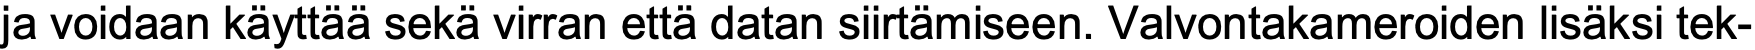
ja voidaan käyttää sekä virran että datan siirtämiseen. Valvontakameroiden lisäksi tek-